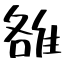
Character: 雒